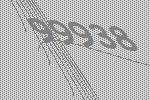
99938